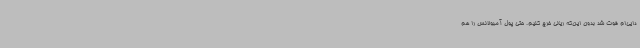
دایی‌ام فوت شد بدون این‌که ریالی خرج کنیم. حتی پول آمبولانس را هم